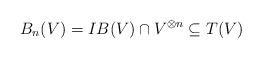
LaTeX: \begin{align*}B_n(V)=IB(V)\cap V^{\otimes n}\subseteq T(V)\end{align*}